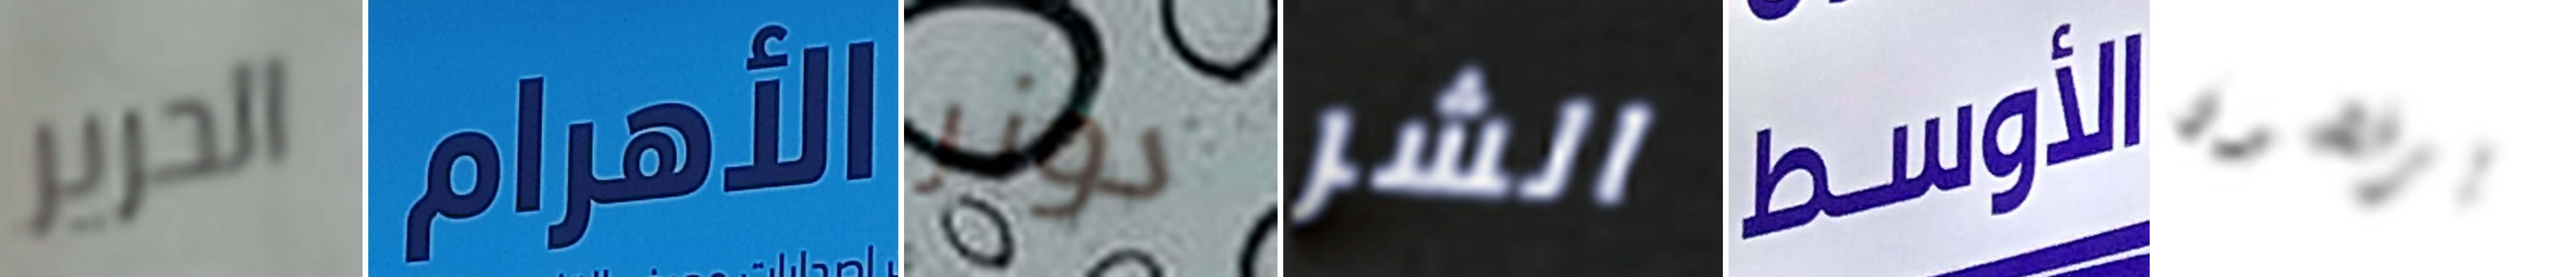
الحرير الأهرام دونر الشر الأوسط يرفضون